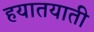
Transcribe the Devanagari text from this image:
हयातयाती